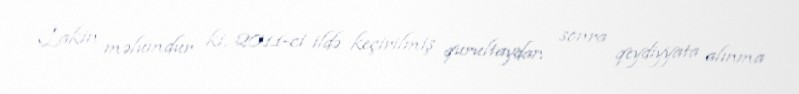
Lakin məlumdur ki, 2011-ci ildə keçirilmiş qurultaydan sonra qeydiyyata alınma